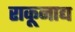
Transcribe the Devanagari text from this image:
राकूनाद्य